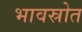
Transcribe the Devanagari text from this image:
भावस्रोत